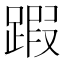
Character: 䠍